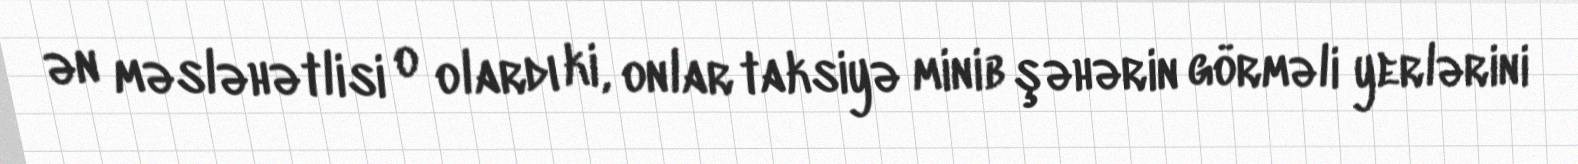
ən məsləhətlisi o olardı ki, onlar taksiyə minib şəhərin görməli yerlərini